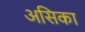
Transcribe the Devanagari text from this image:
असिका